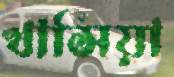
খাসিয়া